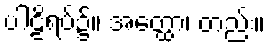
ပါဠိရပ်၌။ အတ္ထော၊ တည်း။